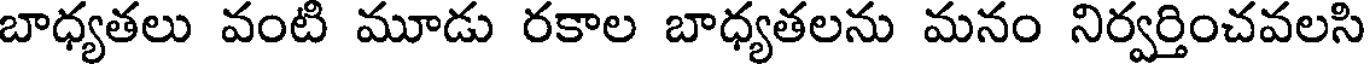
బాధ్యతలు వంటి మూడు రకాల బాధ్యతలను మనం నిర్వర్తించవలసి